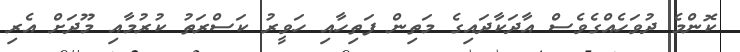
ކޮންމެ ދުވަހެއްގެވެސް އާދަކާދައިގެ މަތިން ފަތިހާއި ހަވީރު ކަސްރަތު ކުރުމާއި މޫދަށް އެރި